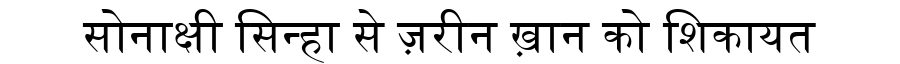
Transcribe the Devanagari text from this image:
सोनाक्षी सिन्हा से ज़रीन ख़ान को शिकायत